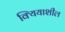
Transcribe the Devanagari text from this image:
क्यियाशील